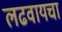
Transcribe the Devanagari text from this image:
लढवायचा